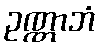
ဥဏ္ဏာဘံ